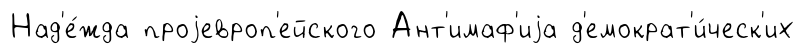
Над'е́жда проjевроп'ейского Ант'имаф'иjа д'емократ'и́ческ'их